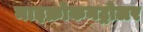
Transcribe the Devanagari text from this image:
माइक्रोकनट्रोलर